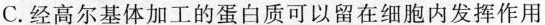
C.经高尔基体加工的蛋白质可以留在细胞内发挥作用